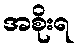
အစိုးရ